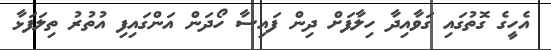
އެހީގެ ގޮތުގައި ގަވާއިދާ ހިލާފަށް ދިން ފައިސާ ހޯދަން އަންގައިފި އުތުރު ތިލަފަޅާ